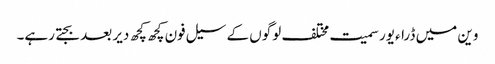
وین میں ڈراءیور سمیت مختلف لوگوں کے سیل فون کچھ کچھ دیر بعد بجتے رہے۔